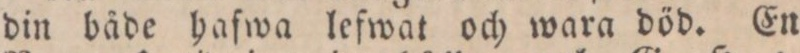
din både hafwa lefwat och wara död. En